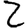
Digit: 2